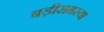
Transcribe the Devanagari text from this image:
बड़ीसमस्या